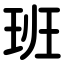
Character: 班